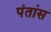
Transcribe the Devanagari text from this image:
पंतांस